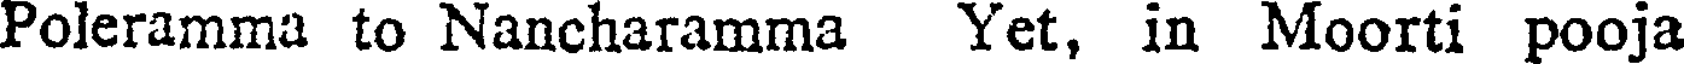
Poleramma to Nancharamma Yet, in Moorti pooja